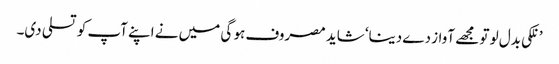
’ نلکی بدل لو تو مجھے آواز دے دینا‘ شاید مصروف ہو گی میں نے اپنے آپ کو تسلی دی۔